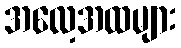
အလေ့အထများ